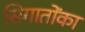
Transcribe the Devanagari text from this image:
सिगातोंका